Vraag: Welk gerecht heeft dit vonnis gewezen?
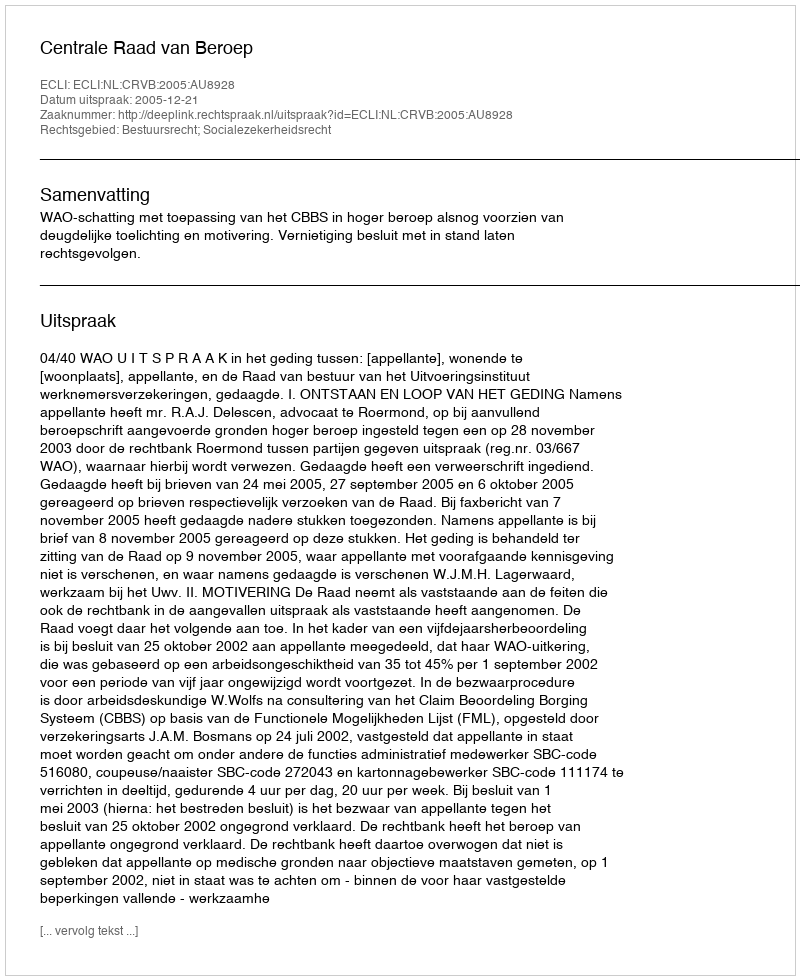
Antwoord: Centrale Raad van Beroep